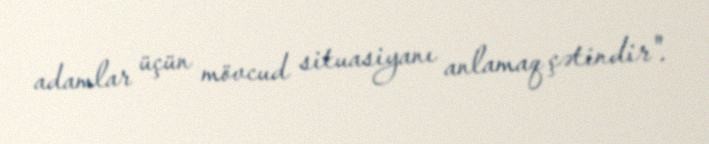
adamlar üçün mövcud situasiyanı anlamaq çətindir".